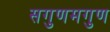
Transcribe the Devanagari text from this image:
सगुणमगुण